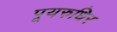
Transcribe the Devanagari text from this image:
पूयरुधिर